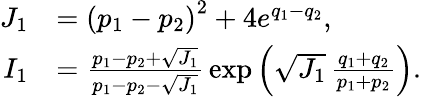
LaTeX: \begin{array}{rl}{J_{1}}&{=\left(p_{1}-p_{2}\right)^{2}+4e^{q_{1}-q_{2}},}\\ {I_{1}}&{=\frac{p_{1}-p_{2}+\sqrt{J_{1}}}{p_{1}-p_{2}-\sqrt{J_{1}}}\, \exp\left({\sqrt{J_{1}}\, \frac{q_{1}+q_{2}}{p_{1}+p_{2}}}\right).}\end{array}